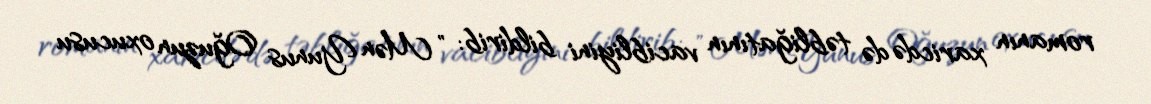
romanın xaricdə də təbliğatının vacibliyini bildirib: " Mən Yunus Oğuzun oxucusu